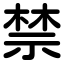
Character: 禁